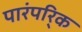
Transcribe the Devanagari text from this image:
पारंपरि्क